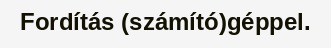
Fordítás (számító)géppel.